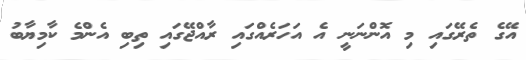
އޭގެ ތެރޭގައި މި އޮންނަނީ އެ އަހަރެއްގައި ރާއްޖޭގައި ތިބި އެންމެ ކާމިޔާބު